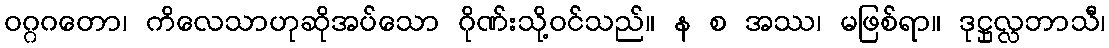
ဝဂ္ဂဂတော၊ ကိလေသာဟုဆိုအပ်သော ဂိုဏ်းသို့ဝင်သည်။ န စ အဿ၊ မဖြစ်ရာ။ ဒုဋ္ဌုလ္လဘာသီ၊